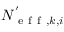
N _ { \mathrm { ~ e ~ f ~ f ~ } , k , i } ^ { ' }